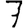
Digit: 7